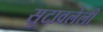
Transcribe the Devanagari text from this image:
सुटावलेली